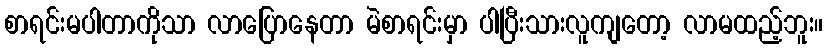
စာရင်းမပါတာကိုသာ လာပြောနေတာ မဲစာရင်းမှာ ပါပြီးသားလူကျတော့ လာမထည့်ဘူး။